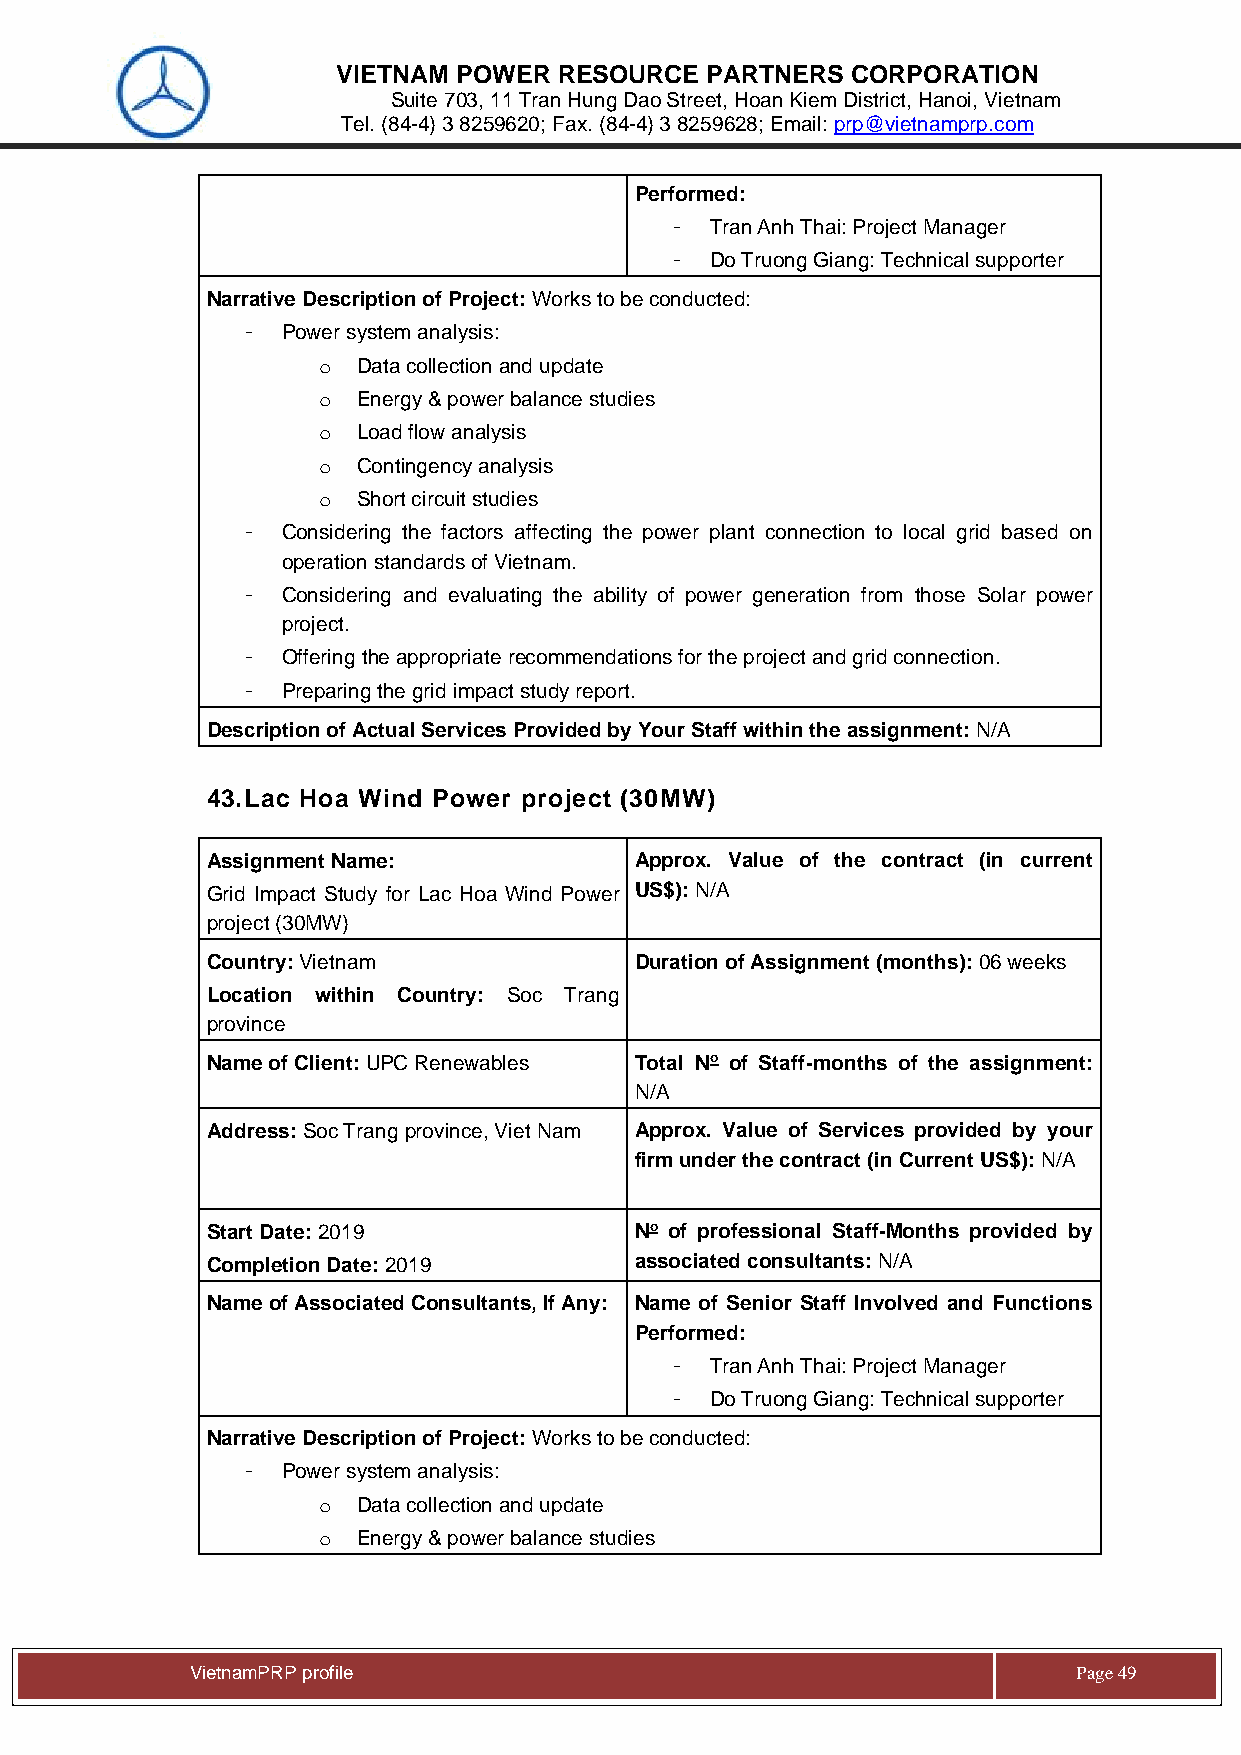
VIETNAM POWER  RESOURCE  PARTNERS CORPORATION
 Suite 703, 11 Tran Hung Dao Street, Hoan Kiem District, Hanoi, Vietnam
 Tel. (84-4) 3 8259620; Fax. (84-4) 3 8259628; Email: prp@vietnamprp.com
 Performed:
 -  Tran Anh Thai: Project Manager
 -  Do Truong Giang: Technical supporter
 Narrative Description of Project: Works to be conducted:
 -  Power system analysis:
 o  Data collection and update
 o  Energy & power balance studies
 o  Load flow analysis
 o  Contingency analysis
 o  Short circuit studies
 -  Considering the factors affecting the power plant connection to local grid based on
 operation standards of Vietnam.
 -  Considering and evaluating the ability of power generation from those Solar power
 project.
 -  Offering the appropriate recommendations for the project and grid connection.
 -  Preparing the grid impact study report.
 Description of Actual Services Provided by Your Staff within the assignment: N/A
 43. Lac Hoa Wind Power project (30MW)
 Assignment Name:            Approx. Value of the contract (in current
 Grid Impact Study for Lac Hoa Wind Power US$): N/A
 project (30MW)
 Country: Vietnam            Duration of Assignment (months): 06 weeks
 Location within Country: Soc Trang
 province
 Name of Client: UPC Renewables Total No of Staff-months of the assignment:
 N/A
 Address: Soc Trang province, Viet Nam Approx. Value of Services provided by your
 firm under the contract (in Current US$): N/A
 Start Date: 2019            No of professional Staff-Months provided by
 Completion Date: 2019       associated consultants: N/A
 Name of Associated Consultants, If Any: Name of Senior Staff Involved and Functions
 Performed:
 -  Tran Anh Thai: Project Manager
 -  Do Truong Giang: Technical supporter
 Narrative Description of Project: Works to be conducted:
 -  Power system analysis:
 o  Data collection and update
 o  Energy & power balance studies
 Vie tnamPRP profile                                       Page 49